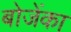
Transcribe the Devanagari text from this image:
बोजेंका